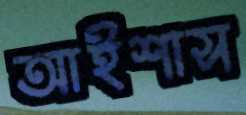
আইশাস